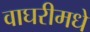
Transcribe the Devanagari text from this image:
वाघरीमधे